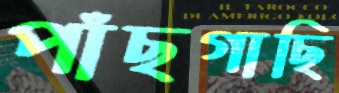
পাঁছগাছি